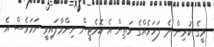
މީގެ ކުރިން ދެ ފަހަރެއްގެ މަތިން އެ ކޮމެޓީން ނިންމާފައިވީ ނަމަވެސް އެ